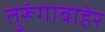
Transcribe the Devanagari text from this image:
तुरूंगाबाहेर